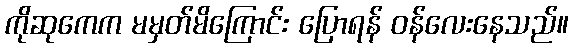
ကိုဆုကေက မမှတ်မိကြောင်း ပြောရန် ဝန်လေးနေသည်။